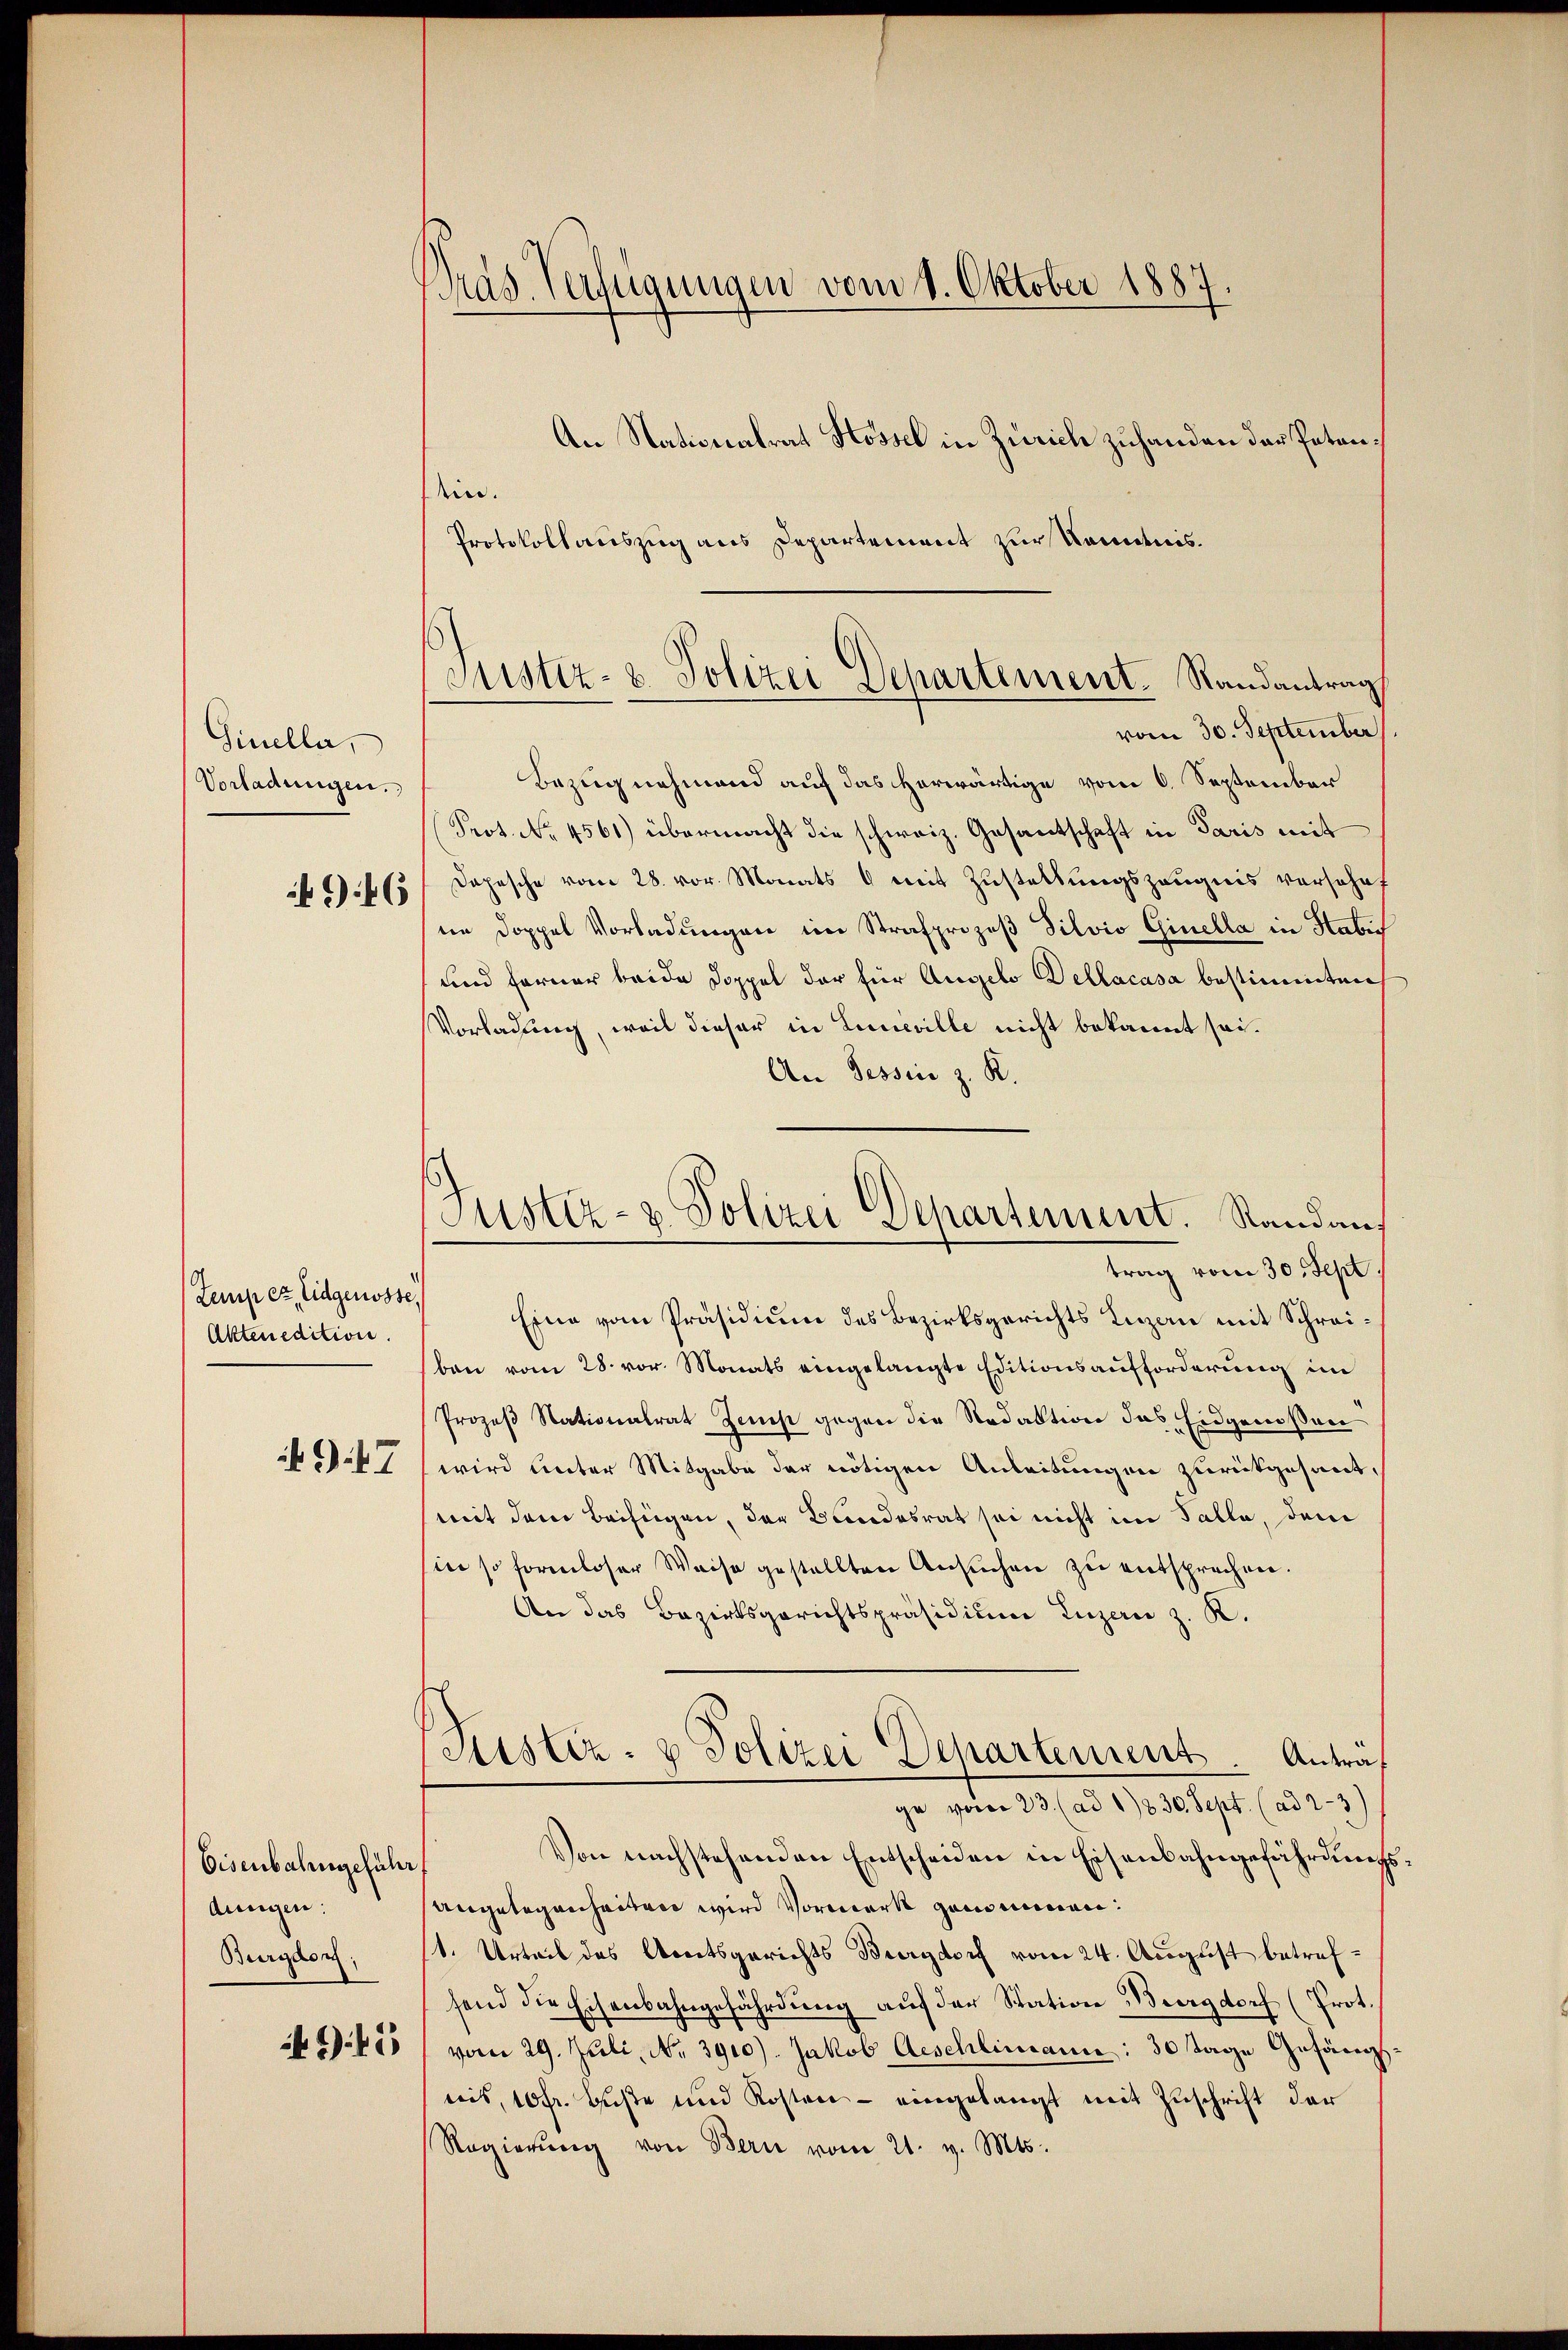
Sinella,
Vorladungen.

46

Lemp ez Eidgenosse,
Akten edition.
47

Eisenbahngeführ
dungen:
Burgdorf;
942

Präs. Verfügungen vom 1. Oktober 1887.
An Nationalrat Hössel in Zürich zuhanden das Peten¬

ein.
Protokollauszug aus Departement zur Kenntnis.

Justiz- & Polizei Departement. Randantrag

Justiz- & Polizei Departement. Randan
trag vom 30. Sept.

vom 30. September
Bezug nehmend auf das herwärtige vom 6. September
Prot. No. 4561) übermacht die schweiz. Gesantschaft in Paris mit
Depesche vom 28. vor. Monats 6 mit Zustellungszeugnis versohnf
ne Doppel Vorladungen im Strafprozeß Silvio Ginella in Habi
und ferner beide Doppel der für Angelo Dellacasa bestimmten
Vorladung, weil dieser in Lineville nicht bekannt sei.
An Tessin z. R.
Eine vom Präsidium des Bezirksgerichts Luzan mit Schreiben vom 28. vor. Monats eingelangte Editionsaufforderung im
Prozeß Stationalrat Zems gegen die Redaktion das Eidgenoßen
wird unter Mitgabe der nötigen Anleitungen zurückgesantmit dem Beifügen, der Bundesrat sei nicht im Falle, dem
in so formloser Weise gestellten Ansuchen zu entsprechen.
An das Bezirksgerichtspräsidium Luzern z. K.
Puster- & Polizei Departement. Anträf
ge vom 23. (ad 1830. Sept. (ad 2-3)
Von nachstehenden Entscheiden in Eisenbahngefährdungs
Angelegenheiten wird Vorwerk genommen.
1. Urteil des Amtsgerichts Burgdorf vom 24. August betreffend die Eisenbahngefährdŭng aŭf der Station Burgdorf (Prot.
vom 29. Juli, No. 3910). Jakob Aeschlimann: 30 Tage Gefäng
wis, 10 fr. Buße und Kosten - eingelangt mit Zuschrift der
Regierŭng von Bern vom 21. v. Mts.